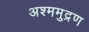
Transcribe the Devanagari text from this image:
अश्ममुद्रण